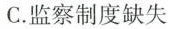
C.监察制度缺失